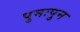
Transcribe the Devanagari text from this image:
पुनःपुन